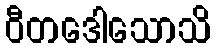
ဝီတဒေါသောသိ